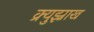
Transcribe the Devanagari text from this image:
क्र्युझ्नाख